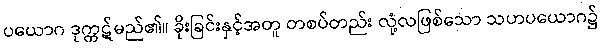
ပယောဂ ဒုက္ကဋ်မည်၏။ ခိုးခြင်းနှင့်အတူ တစပ်တည်း လုံ့လဖြစ်သော သဟပယောဂ၌